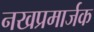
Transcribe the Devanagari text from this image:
नखप्रमार्जक